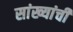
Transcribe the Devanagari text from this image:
सांख्यांची